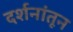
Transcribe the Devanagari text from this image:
दर्शनांतून